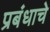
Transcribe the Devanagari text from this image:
प्रबंधाचे